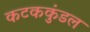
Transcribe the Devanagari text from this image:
कटककुंडल